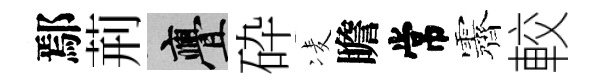
鄢荊亹砕凌瞻常露較